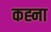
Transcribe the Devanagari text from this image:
कह्ना